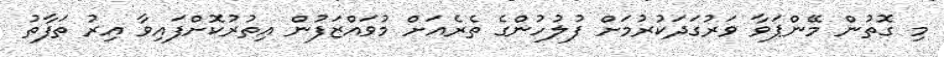
މި ގޮތުން މޭންޕަވާ ވަރުގަދަކުރުމަށް ފުލުހުންގެ ތެރެއަށް މުވައްޒަފުން އިތުރުކޮށްފައިވާ އިރު ތަފާތު